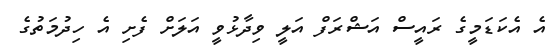
އެ އެކަޑަމީގެ ރައީސް އަޝްރަފް އަލީ ވިދާޅުވީ އަލަށް ފެށި އެ ހިދުމަތުގެ